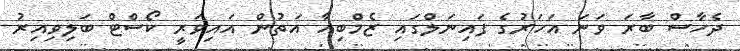
ދެހާސް ބާރަ ވަނަ އަހަރުގެ ފައިނަލްގައި ޒެމްބިއާ އަތުން އައިވަރީ ކޯސްޓް ބަލިވިއިރު